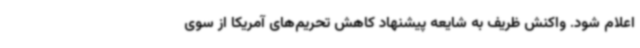
اعلام شود. واکنش ظریف به شایعه‌ پیشنهاد کاهش تحریم‌های آمریکا از سوی